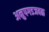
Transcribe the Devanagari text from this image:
अनुपगडजवळ